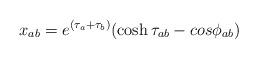
LaTeX: \begin{align*}x_{ab} = e^{(\tau_a + \tau_b)}(\cosh\tau_{ab} - cos\phi_{ab})\end{align*}